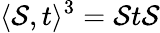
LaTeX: \langle\mathcal{S},t\rangle^{3}=\mathcal{S}t\mathcal{S}